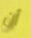
أن